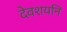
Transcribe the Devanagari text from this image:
देवशयनि